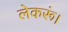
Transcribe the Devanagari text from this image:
लेकरूं।